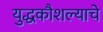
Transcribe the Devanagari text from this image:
युद्धकौशल्याचे